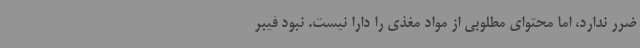
ضرر ندارد، اما محتوای مطلوبی از مواد مغذی را دارا نیست. نبود فیبر